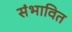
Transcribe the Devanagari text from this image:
संभावित